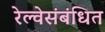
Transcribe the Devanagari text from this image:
रेल्वेसंबंधित